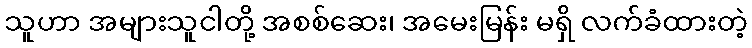
သူဟာ အများသူငါတို့ အစစ်ဆေး၊ အမေးမြန်း မရှိ လက်ခံထားတဲ့